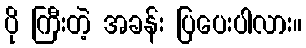
ပို ကြီးတဲ့ အခန်း ပြပေးပါလား။